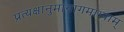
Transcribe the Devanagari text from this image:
प्रत्यक्षानुमानागमाभ्याम्